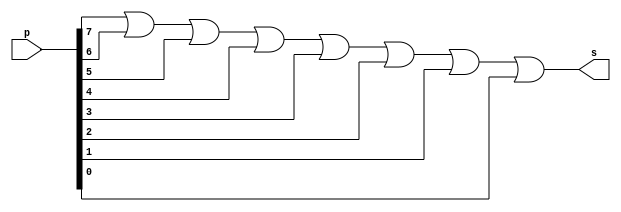
// ---------------------
// Guia01_12 - extra01
// Nome: Bruno Cezar Andrade Viallet
// ---------------------

// ---------------------
// -- or gate
// ---------------------

module orgate (s, p);
 output s;
 input [0:7] p;

 assign s = p[0] | p[1] | p[2] | p[3] | p[4] | p[5] | p[6] | p[7];
 
endmodule // orgate


// ---------------------
// -- test module
// ---------------------

module testmodule;
 reg   [0:7]a;
 wire  s;
          // instancia
 orgate OR1 (s, a);
          // parte principal
 initial begin
      a=8'b00000001; // byte 
      $display("Guia01_12 - Bruno Cezar Andrade Viallet - 396679");
      $display("Test Module");
      $display("\nbyte     = s\n");
		$monitor("%b = %b", a, s);
 #1   a=8'b00000010; // byte
 #1   a=8'b00000100; // byte   
 #1   a=8'b00001000; // byte 
 #1   a=8'b00010000; // byte  
 #1   a=8'b00100000; // byte 
 #1   a=8'b01000000; // byte 
 #1   a=8'b10000000; // byte 
 #1   a=8'b11111111; // byte 
 #1   a=8'b00000000; // byte 
 end

endmodule // testmodule